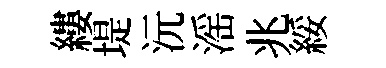
縷堤沅滛兆綏